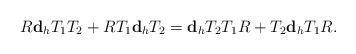
LaTeX: \begin{align*}R{\bf d}_hT_1T_2+RT_1{\bf d}_hT_2={\bf d}_hT_2T_1R+T_2{\bf d}_hT_1R.\end{align*}